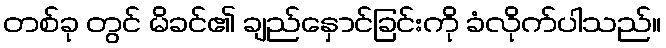
တစ်ခု တွင် မိခင်၏ ချည်နှောင်ခြင်းကို ခံလိုက်ပါသည်။